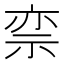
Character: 𬒵